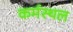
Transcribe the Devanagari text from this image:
कर्मस्थल